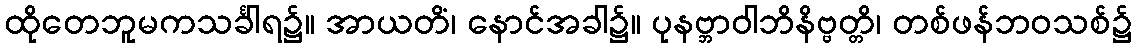
ထိုတေဘူမကသင်္ခါရ၌။ အာယတိံ၊ နောင်အခါ၌။ ပုနဗ္ဘာဝါဘိနိဗ္ဗတ္တိ၊ တစ်ဖန်ဘဝသစ်၌